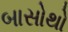
બાસોથો